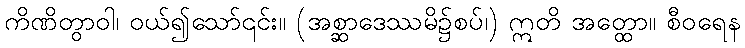
ကိဏိတွာဝါ၊ ဝယ်၍သော်၎င်း။ (အစ္ဆာဒေဿမိ၌စပ်၊) ဣတိ အတ္ထော။ စီဝရေန